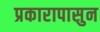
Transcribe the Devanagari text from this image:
प्रकारापासुन